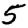
Digit: 5